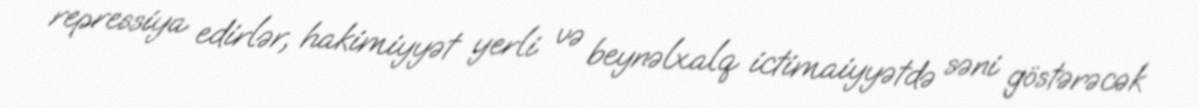
repressiya edirlər, hakimiyyət yerli və beynəlxalq ictimaiyyətdə səni göstərəcək